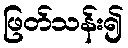
ဖြတ်သန်း၍